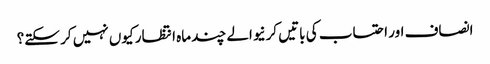
انصاف اور احتساب کی باتیں کرنیوالے چند ماہ انتظار کیوں نہیں کر سکتے؟